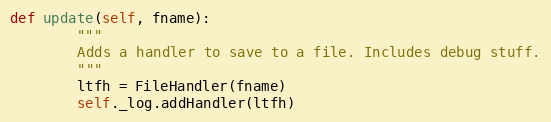
Language: Python
def update(self, fname):
        """
        Adds a handler to save to a file. Includes debug stuff.
        """
        ltfh = FileHandler(fname)
        self._log.addHandler(ltfh)